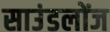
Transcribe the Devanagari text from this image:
साउंडलोंज